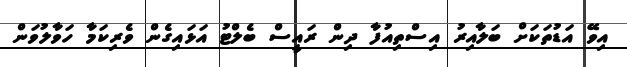
އިވޭ އަޑުތަކަށް ބަލާއިރު އިސްތިއުފާ ދިން ރައީސް ބެލްޓު އަޅައިގެން ވެރިކަމާ ހަވާލުވަން